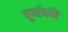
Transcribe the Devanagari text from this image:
पूर्णावधि